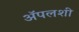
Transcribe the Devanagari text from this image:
अॅपलशी